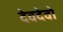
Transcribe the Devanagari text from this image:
देवदेवो